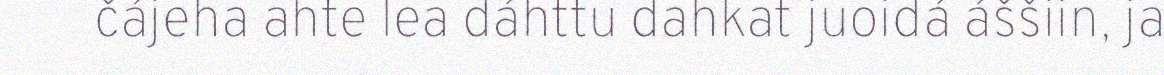
čájeha ahte lea dáhttu dahkat juoidá áššiin, ja